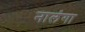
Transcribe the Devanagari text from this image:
नालंगा